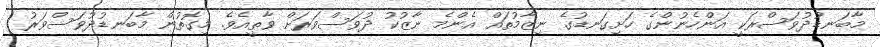
މާބަނޑުދުވަސްރަކީ އަންހެނުންގެ ހަށިގަނޑުގެ ނިޒާމުތައް އެންމެ ނާޒުކު ދުވަސްވަރަށް ވާތީއެވެ. މިގޮތުން މާބަނޑުދުވަސްވަރު